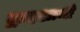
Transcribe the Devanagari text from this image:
द्वादशामी